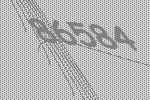
86584